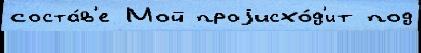
соста́в'е Мой проjисхо́д'ит под